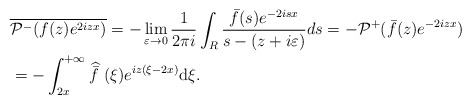
\begin{align*} & \overline{\mathcal{P}^- ( f(z) e^{ 2izx})} = -\lim_{\varepsilon \rightarrow 0}\frac{1}{2\pi i}\int_{R} \frac{ \bar{f}(s)e^{-2isx}}{s-(z+i\varepsilon)}ds = - \mathcal{P}^+ ( \bar f(z) e^{-2izx})\\ &=-\int_{2x}^{+\infty}\widehat{\bar{f}\ } (\xi)e^{iz(\xi-2x) } \mathrm{d}\xi. \end{align*}